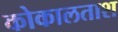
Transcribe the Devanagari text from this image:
कोकालताश